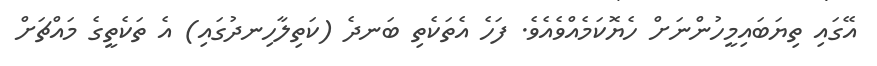
އޭގައި ތިޔަބައިމީހުންނަށް ހެޔޮކަމެއްވެއެވެ. ފަހެ އެތަކެތި ބަނދެ (ކަތިލާހިނދުގައި) އެ ތަކެތީގެ މައްޗަށް